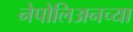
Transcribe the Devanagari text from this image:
नेपोलिअनच्या